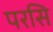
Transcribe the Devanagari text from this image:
परसि